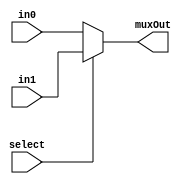
//ShifterAndALU.v

// select 0 = in0 1 = in1
module mux2to1_3bit(input [2:0] in0, input [2:0] in1, input select, output reg [2:0] muxOut);
  //WRITE CODE HERE

  always@(select or in1 or in0)
begin
   muxOut = (select)? in1 : in0;
end

endmodule

// select 0 = in0 1 = in1
module mux2to1_8bit(input [7:0] in0, input [7:0] in1, input select, output reg [7:0] muxOut);
   //WRITE CODE HERE

  always@(select or in1 or in0)
begin
   muxOut = (select)? in1 : in0;
end

endmodule


module mux8to1_1bit(input in0, input in1, input in2, input in3, input in4, input in5, input in6, input in7, input[2:0] select,output reg muxOut);
   //WRITE CODE HERE

   always @(in0 or in1 or in2 or in3 or in4 or in5 or in6 or in7 or select) begin
   	
   	case(select)
   		0: muxOut = in0;
   		1: muxOut = in1;
   		2: muxOut = in2;
   		3: muxOut = in3;
   		4: muxOut = in4;
   		5: muxOut = in5;
   		6: muxOut = in6;
   		7: muxOut = in7;
   	endcase
   end
   	
endmodule

module barrelshifter(input[2:0] shiftAmt, input[7:0] b, input[2:0] oper, output[7:0] shftOutp);

	wire [2:0] select0;
	wire [2:0] select1;
	wire [2:0] select2;
	wire s0 ,s1 ,s2 ,s3 ,s4 ,s5 ,s6 ,s7 ,r0 ,r1 ,r2 ,r3 ,r4 ,r5 ,r6 ,r7;
	mux2to1_3bit mxer1(3'b000,  oper, shiftAmt[0], select0);
	mux8to1_1bit muxer1(b[0], b[1], b[1], b[1], 1'b0, b[7], 1'bx, 1'bx, select0, s0);
	mux8to1_1bit muxer2(b[1], b[2], b[2], b[2], b[0], b[0], 1'bx, 1'bx, select0, s1);
	mux8to1_1bit muxer3(b[2], b[3], b[3], b[3], b[1], b[1], 1'bx, 1'bx, select0, s2);
	mux8to1_1bit muxer4(b[3], b[4], b[4], b[4], b[2], b[2], 1'bx, 1'bx, select0, s3);
	mux8to1_1bit muxer5(b[4], b[5], b[5], b[5], b[3], b[3], 1'bx, 1'bx, select0, s4);
	mux8to1_1bit muxer6(b[5], b[6], b[6], b[6], b[4], b[4], 1'bx, 1'bx, select0, s5);
	mux8to1_1bit muxer7(b[6], b[7], b[7], b[7], b[5], b[5], 1'bx, 1'bx, select0, s6);
	mux8to1_1bit muxer8(b[7], b[7], 1'b0, b[0], b[6], b[6], 1'bx, 1'bx, select0, s7);
	mux2to1_3bit mxer2(3'b000,  oper, shiftAmt[1], select1);
	mux8to1_1bit muxer9(s0, s2, s2, s2, 1'b0, s6, 1'bx, 1'bx, select1, r0);
	mux8to1_1bit muxer10(s1, s3, s3, s3, 1'b0, s7, 1'bx, 1'bx, select1, r1);
	mux8to1_1bit muxer11(s2, s4, s4, s4, s0, s0, 1'bx, 1'bx, select1, r2);
	mux8to1_1bit muxer12(s3, s5, s5, s5, s1, s1, 1'bx, 1'bx, select1, r3);
	mux8to1_1bit muxer13(s4, s6, s6, s6, s2, s2, 1'bx, 1'bx, select1, r4);
	mux8to1_1bit mu14(s5, s7, s7, s7, s3, s3, 1'bx, 1'bx, select1, r5);
	mux8to1_1bit mu15(s6, s7, 1'b0, s0, s4, s4, 1'bx, 1'bx, select1, r6);
	mux8to1_1bit mu16(s7, s7, 1'b0, s1, s5, s5, 1'bx, 1'bx, select1, r7);	
	mux2to1_3bit mxer3(3'b000,  oper, shiftAmt[2], select2);
	mux8to1_1bit muxer17(r0, r4, r4, r4, 1'b0, r4, 1'bx, 1'bx, select2, shftOutp[0]);
	mux8to1_1bit muxer18(r1, r5, r5, r5, 1'b0, r5, 1'bx, 1'bx, select2, shftOutp[1]);
	mux8to1_1bit muxer19(r2, r6, r6, r6, 1'b0, r6, 1'bx, 1'bx, select2, shftOutp[2]);
	mux8to1_1bit muxer20(r3, r7, r7, r7, 1'b0, r7, 1'bx, 1'bx, select2, shftOutp[3]);
	mux8to1_1bit muxer21(r4, r7, 1'b0, r0, r0, r0, 1'bx, 1'bx, select2, shftOutp[4]);
	mux8to1_1bit muxer22(r5, r7, 1'b0, r1, r1, r1, 1'bx, 1'bx, select2, shftOutp[5]);
	mux8to1_1bit muxer23(r6, r7, 1'b0, r2, r2, r2, 1'bx, 1'bx, select2, shftOutp[6]);
	mux8to1_1bit muxer24(r7, r7, 1'b0, r3, r3, r3, 1'bx, 1'bx, select2, shftOutp[7]);

endmodule

// Alu operations are: 00 for alu1, 01 for add, 10 for sub(alu1-alu2) , 11 for AND, 100 for OR and 101 for NOT(alu1)
module alu(input [7:0] aluIn1, input [7:0] aluIn2, input [2:0]aluOp, output reg [7:0] aluOut);
       //WRITE CODE HERE

    	always @(aluOp or aluIn1 or aluIn2)
    	begin
	        case (aluOp)
	        	0 : aluOut = aluIn1;
	            1 : aluOut = aluIn1 + aluIn2;
	        	2 : aluOut = aluIn1 - aluIn2; 
	        	3 : aluOut = aluIn1 & aluIn2;
	        	4 : aluOut = aluIn1 | aluIn2;
	        	5 : aluOut = ~aluIn1; 

        endcase 
    end

endmodule


module shifterAndALU(input [7:0]inp1, input [7:0] inp2, input [2:0]shiftlmm, input selShiftAmt, input [2:0]oper, input selOut, output [7:0] out);
	   //WRITE CODE HERE

	wire [2:0] shftamt;
	wire [7:0] shftOutp;
	wire [7:0] output_alu;
	mux2to1_3bit select1(inp2[2:0], shiftlmm, selShiftAmt, shftamt);
	barrelshifter shiftoutput(shftamt, inp1, oper, shftOutp);
	alu aluoutput(inp1, inp2, oper, output_alu);
	mux2to1_8bit finaloutput(output_alu, shftOutp, selOut, out);

endmodule

//TestBench ALU
module testbenchALU();
	// Input
	reg [7:0] inp1, inp2;
	reg [2:0] aluOp;
	reg [2:0] shiftlmm;
	reg selShiftAmt, selOut;
	// Output
	wire [7:0] aluOut;

	shifterAndALU shifterAndALU_Test (inp1, inp2, shiftlmm, selShiftAmt, aluOp, selOut, aluOut);

	initial
		begin
			$dumpfile("testALU.vcd");
     	$dumpvars(0,testbenchALU);
			inp1 = 8'd80; //80 in binary is 1010000
			inp2 = 8'd20; //20 in binary is 10100   
			shiftlmm = 3'b010; 
			
			aluOp=3'd0; selOut = 1'b0;// normal output = 80

			#10 aluOp = 3'd0; selOut = 1'b1; selShiftAmt = 1'b1; //No shift output = 80

			#10 aluOp=3'd1; selOut = 1'b0;// normal add	output => 20 + 80 = 100

			#10 aluOp = 3'd1; selOut = 1'b1; selShiftAmt = 1'b1; // arithmetic shift right of 80 by 2 places = 20

			#10 aluOp=3'd2; selOut = 1'b0; // normal sub output => 80 - 20 = 60

			#10 aluOp = 3'd2; selOut = 1'b1; selShiftAmt = 1'b0; // logical shift right of 80 by 4 places = 0

			#10 aluOp=3'd3; selOut = 1'b0;// normal and output => 80 & 20 = 16

			#10 aluOp = 3'd3; selOut = 1'b1; selShiftAmt = 1'b0; // Circular Shift Right of 80 by 4 places = 5

			#10 aluOp=3'd4; selOut = 1'b0;// normal or output => 80 | 20 = 84

			#10 aluOp = 3'd4; selOut = 1'b1; selShiftAmt = 1'b1; // Logical Shift Left of 80 by 2 bits = 64

			#10 aluOp=3'd5; selOut = 1'b0; // normal not of 80 = 175

			#10 aluOp = 3'd5; selOut = 1'b1; selShiftAmt = 1'b0; // Circular left shift of 80 by 4 bits = 5

			#10 inp1=8'd15; inp2=8'd26; aluOp=3'd2; selOut = 1'b0;//sub overflow 
			// (15 - 26) = -11 and its a 8 bit number so, 256-11 = 245 output => 245 (since it is unsigned decimal)

			#10 inp1=8'd150; inp2=8'd150; aluOp=3'd1; selOut = 1'b0;// add overflow
			//(150+150) = 300 and its a 8 bit number so, 300-256 = 44 output=> 44.

			#10 inp1=8'b0000_0000; aluOp=3'd5; selOut = 1'b0;//not overflow
			// not(0) = all 1. Since its a 8 bit number output=>255

			#10 $finish;
		end

endmodule